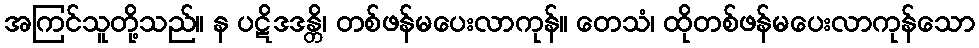
အကြင်သူတို့သည်။ န ပဋိဒဒန္တိ၊ တစ်ဖန်မပေးလာကုန်။ တေသံ၊ ထိုတစ်ဖန်မပေးလာကုန်သော